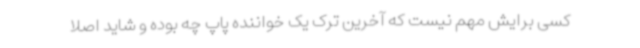
کسی برایش مهم نیست که آخرین ترک یک خواننده پاپ چه بوده و شاید اصلا